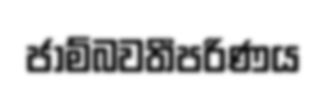
ජාම්බවතීපරිණය